Problem: 5 × 6 = ?
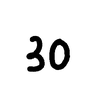
Handwritten answer: 30